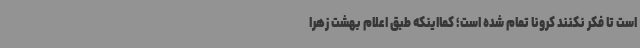
است تا فکر نکنند کرونا تمام شده است؛ کمااینکه طبق اعلام بهشت زهرا